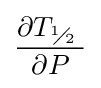
{\frac {\partial {{T}_{{}^{1}\!\!\diagup \!\!{}_{2}\;}}}{\partial P}}